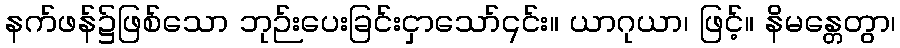
နက်ဖန်၌ဖြစ်သော ဘုဉ်းပေးခြင်းငှာသော်၎င်း။ ယာဂုယာ၊ ဖြင့်။ နိမန္တေတွာ၊